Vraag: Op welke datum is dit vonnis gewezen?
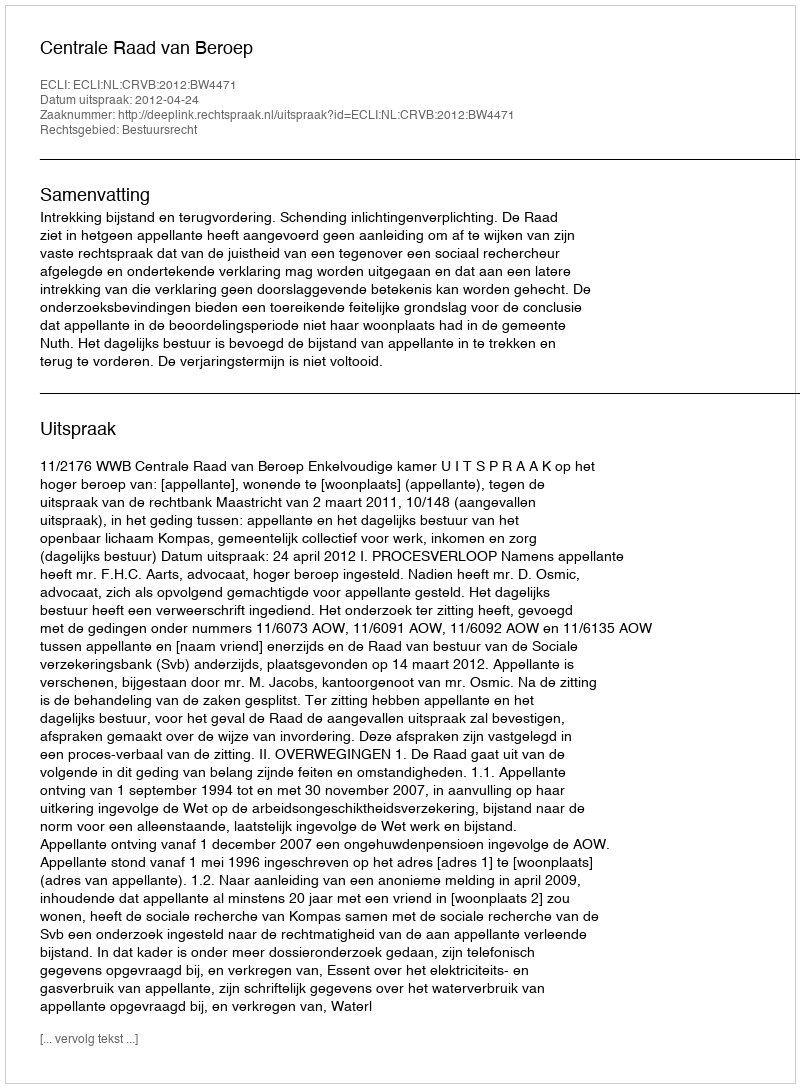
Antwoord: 2012-04-24